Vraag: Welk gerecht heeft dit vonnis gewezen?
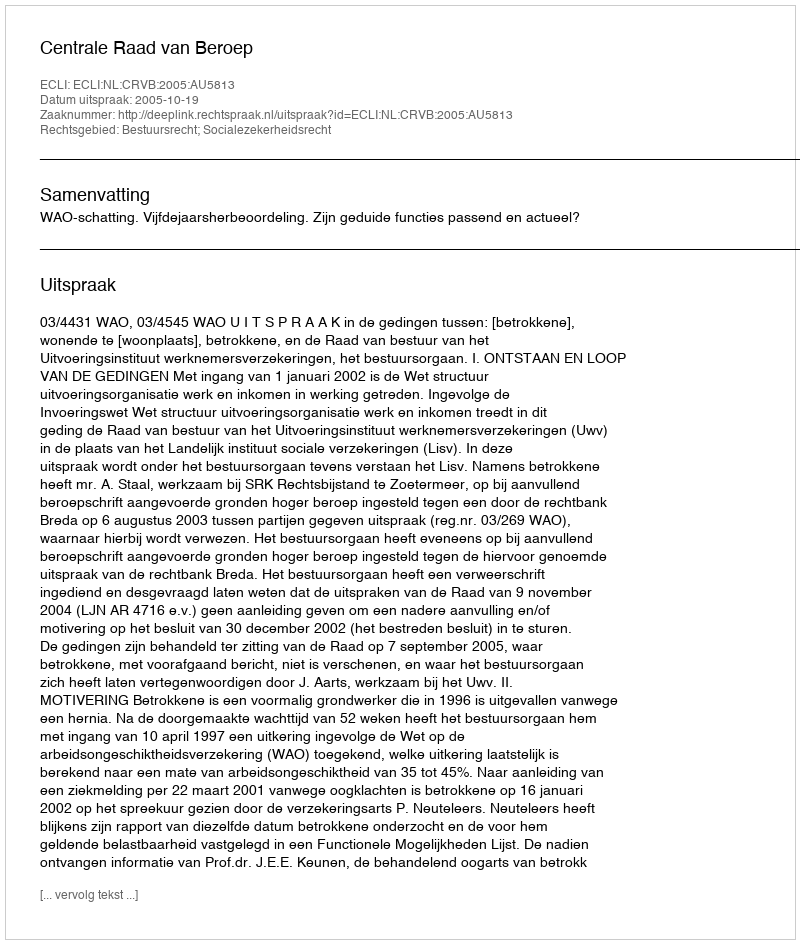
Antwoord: Centrale Raad van Beroep